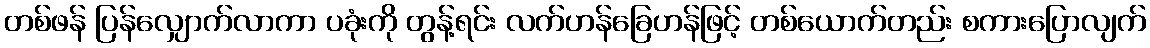
တစ်ဖန် ပြန်လျှောက်လာကာ ပခုံးကို တွန့်ရင်း လက်ဟန်ခြေဟန်ဖြင့် တစ်ယောက်တည်း စကားပြောလျက်